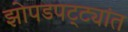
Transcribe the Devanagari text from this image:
झोपडपट्ट्यांत